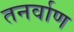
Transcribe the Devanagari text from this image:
तनर्वाण